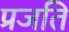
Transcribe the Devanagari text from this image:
प्रजति